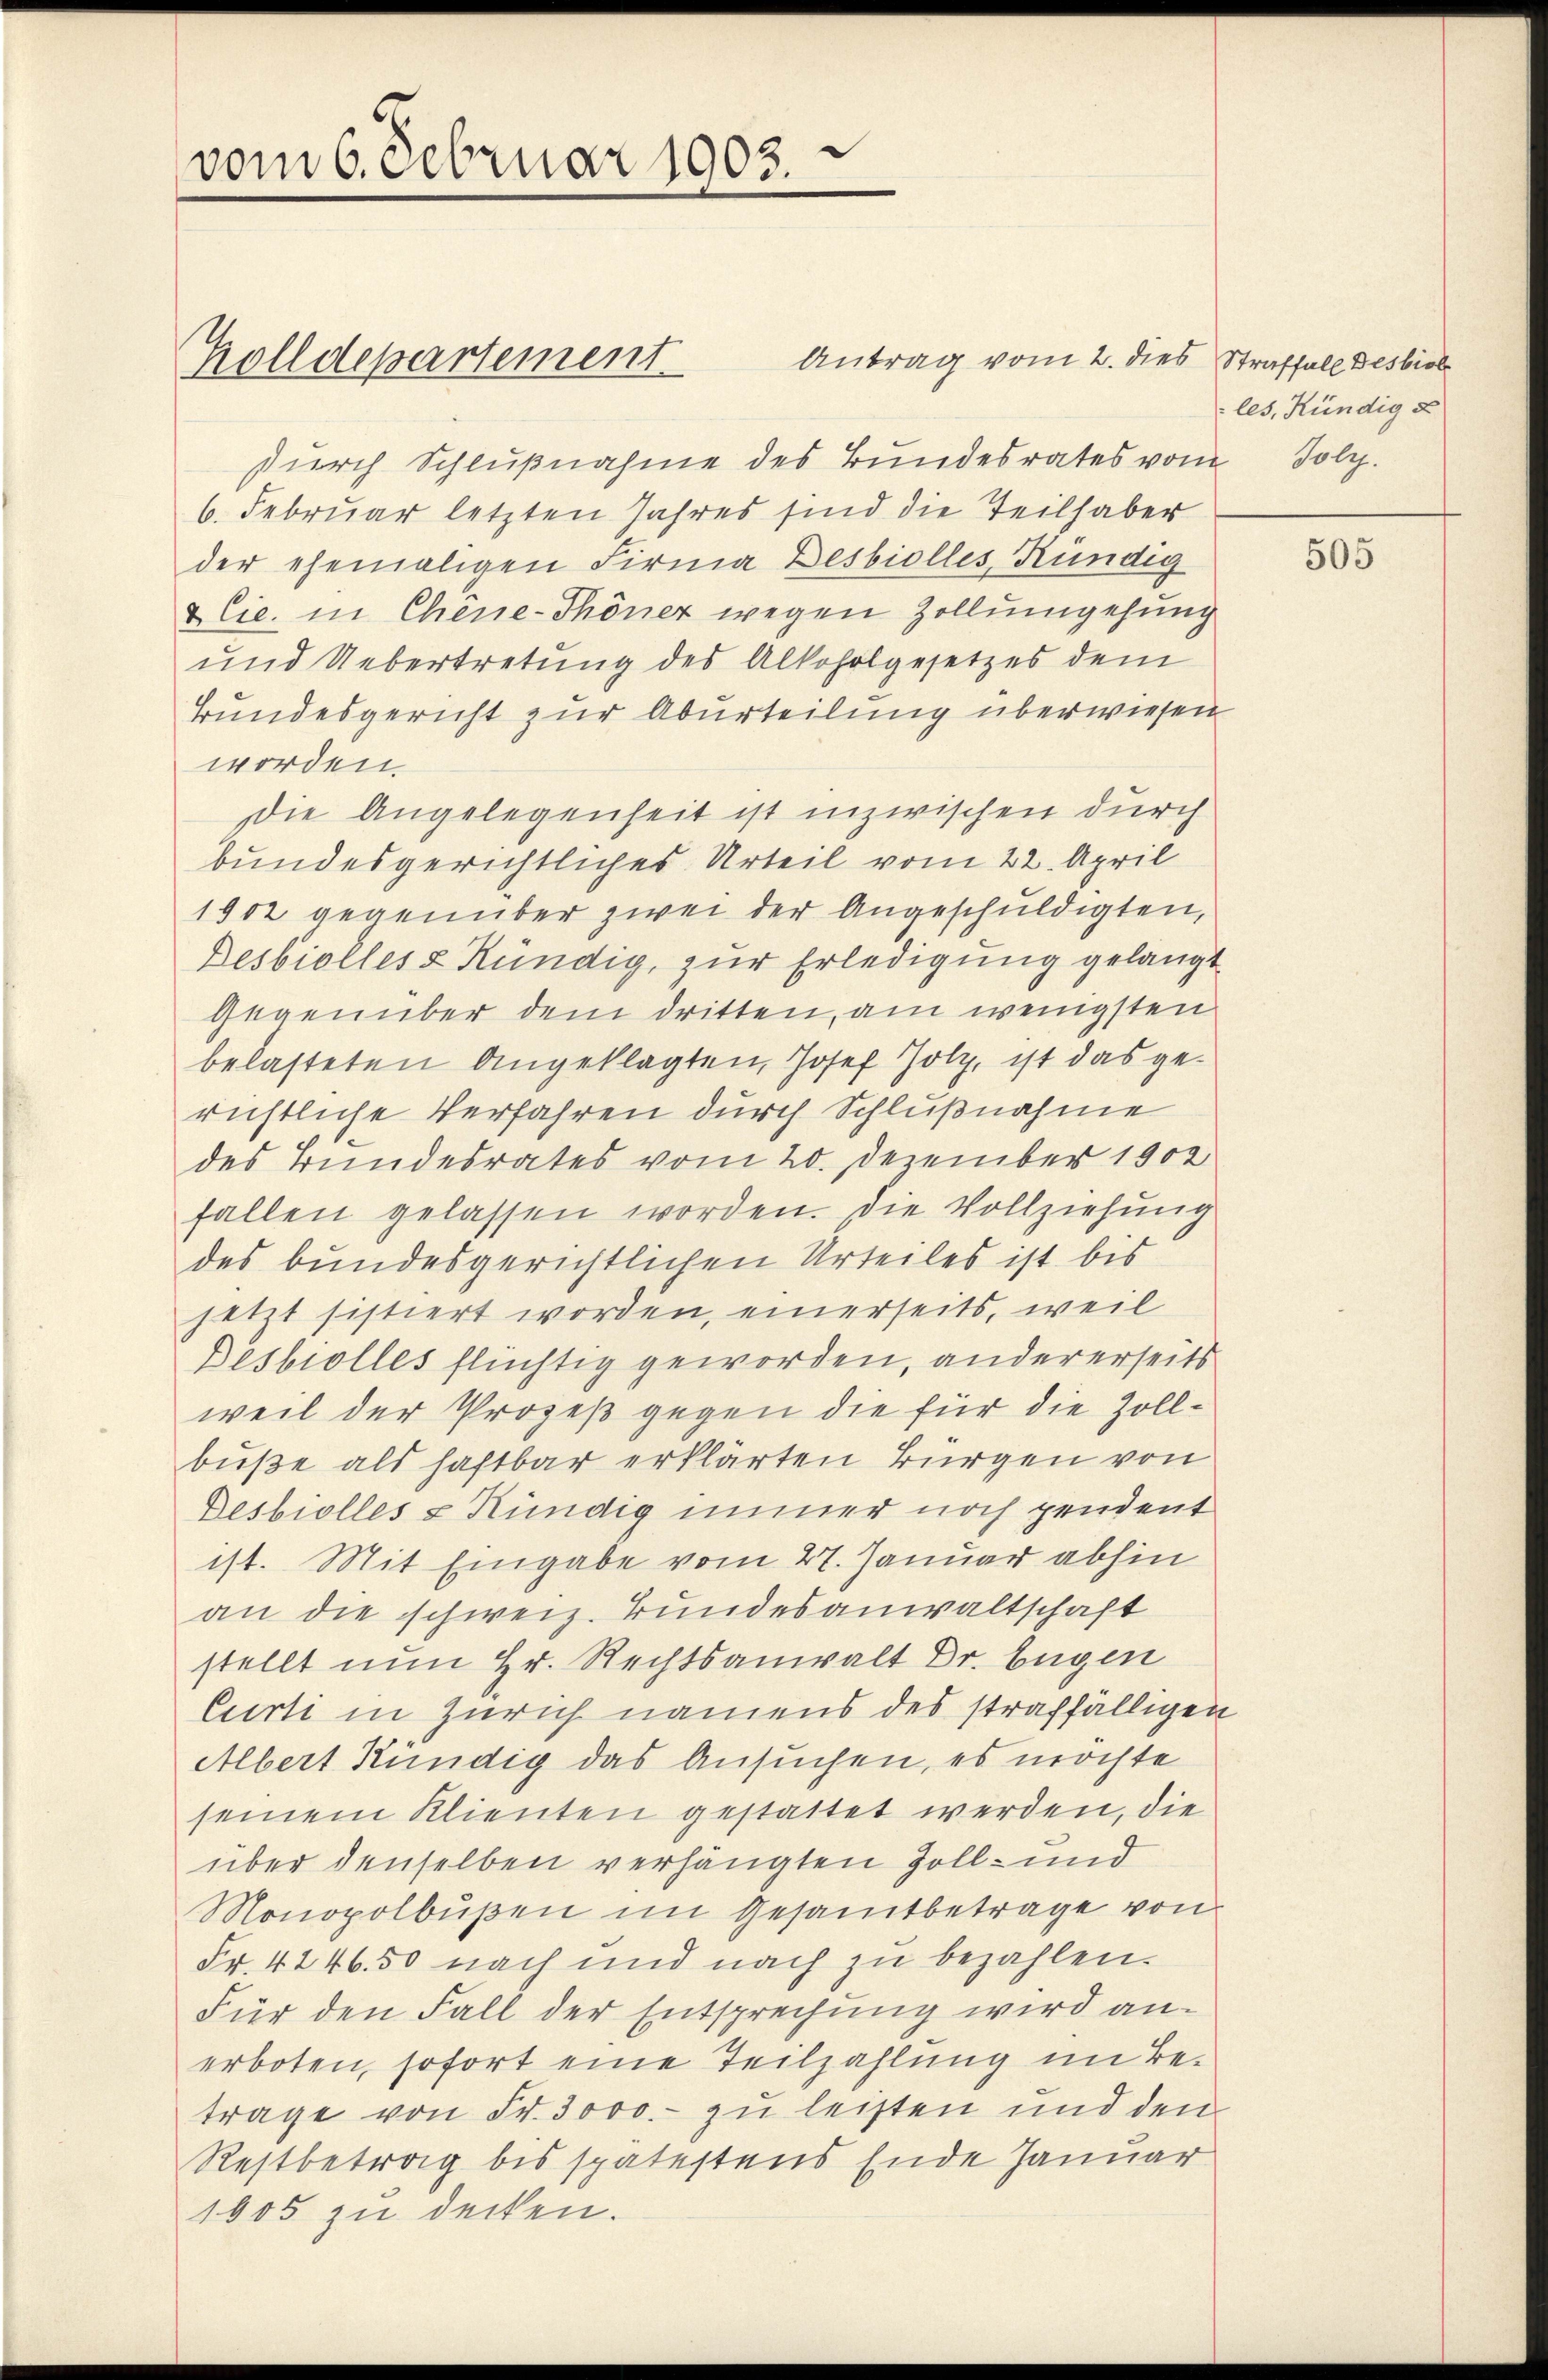
vom 6. Februar 1903.

Zolldepartement

Antrag vom 2. dies Straffall Desbiol
durch Schlußnahme des Bundesrates vom Folg
6. Februar letzten Jahres sind die Teilhaber
der ehemaligen Firma Besbiolles Kündig
Cie. in Chene-Thöner wegen Zollumgehung
und Uebertretung des Alkoholgesetzes dem
Bundesgericht zur Aburteilung überwiesen
worden.
Die Angelegenheit ist inzwischen durch
bundesgerichtliches Urteil vom 22. April
1902 gegenüber zwei der Angeschuldigten,
Desbiolles & Kündig, zur Erledigung gelangt
Gegenüber dem dritten, am wenigsten
belasteten Angeklagten, Josef Holz, ist das gerichtliche Verfahren durch Schlußnahme
des Bundesrates vom 20. Dezember 1902
fallen gelassen worden. Die Vollziehung
des bundesgerichtlichen Urteiles ist bis
jetzt sistiert worden, einerseits, weil
Desbrolles flüchtig geworden, andererseits
weil der Prozeß gegen die für die Zollbuße als haftbar erklärten Bürgen von
Desbiolles & Kündig immer noch pendent
ist. Mit Eingabe vom 27. Januar abhin
an die schweiz. Bundesanwaltschaft
stellt nun Hr. Rechtsanwalt Dr. Eugen
Curti in Zürich namens des straffälligen
Albert Kündig das Ansuchen, es möchte
seinem Klienten gestattet werden, die
über denselben verhängten Zoll- und
Monopolbußen im Gesamtbetrage von
Fr. 4246. 50 nach und nach zu bezahlen.
Für den Fall der Entsprechung wird anerboten, sofort eine Teilzahlung im Betrage von Fr. 3000.- zu leisten und den
Restbetrag bis spätestens Ende Januar
1005 zu decken.

les, Kündig s

505